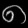
Digit: ၈